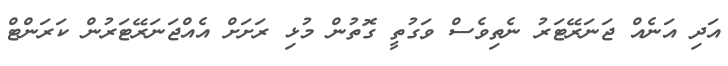
އަދި އަނެއް ޖަނަރޭޓަރު ނެތިވެސް ވަގުތީ ގޮތުން މުޅި ރަށަށް އެއްޖަނަރޭޓަރުން ކަރަންޓް